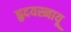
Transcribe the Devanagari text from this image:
हृदयस्नायू